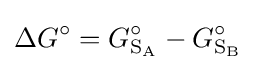
\Delta G^{\circ }=G_{\mathrm {S} _{\mathrm {A} }}^{\circ }-G_{\mathrm {S} _{\mathrm {B} }}^{\circ }